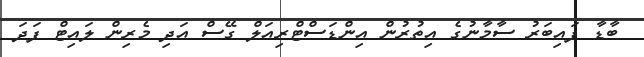
ބާޑާ ފައިބަރު ސާމާނުގެ އިތުރުން އިންޑަސްޓްރިއަލް ގޭސް އަދި މެރިން ލައިޓް ފަދަ